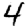
Digit: 4